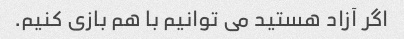
اگر آزاد هستید می توانیم با هم بازی کنیم.